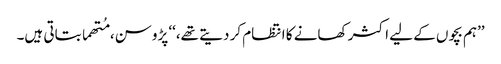
’’ہم بچوں کے لیے اکثر کھانے کا انتظام کر دیتے تھے،‘‘ پڑوسن، مُتھما بتاتی ہیں۔